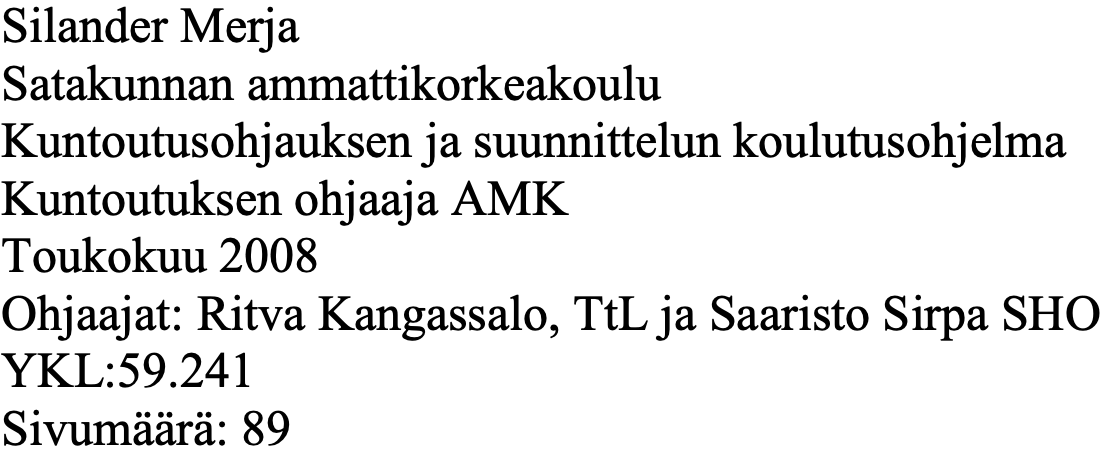
Silander Merja Satakunnan ammattikorkeakoulu Kuntoutusohjauksen ja suunnittelun koulutusohjelma Kuntoutuksen ohjaaja AMK Toukokuu 2008 Ohjaajat: Ritva Kangassalo, TtL ja Saaristo Sirpa SHO YKL:59.241 Sivumäärä: 89